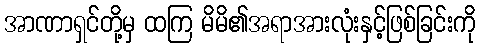
အာဏာရှင်တို့မှ ထကြ မိမိ၏အရာအားလုံးနှင့်ဖြစ်ခြင်းကို